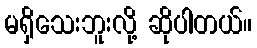
မရှိသေးဘူးလို့ ဆိုပါတယ်။